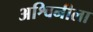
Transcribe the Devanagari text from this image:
अश्विनीला